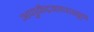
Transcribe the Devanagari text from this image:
अणुकेंद्रकापासून